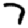
Digit: 7